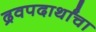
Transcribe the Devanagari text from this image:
द्रवपदार्थांचा